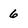
Character: 6